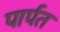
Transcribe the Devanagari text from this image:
पार्पत